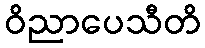
ဝိညာပေသီတိ